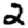
Digit: 2